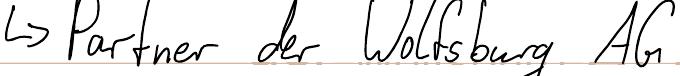
-> Partner der Wolfsburg AG